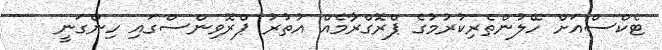
ޓެކްސްއަށް ހޭލުންތެރިކުރުމުގެ ޕްރޮގްރާމެއް އުތުރު ޕްރޮވިންސްގައި ހިންގަނީ